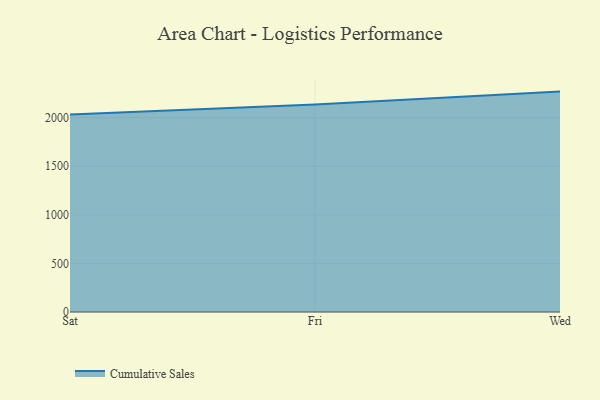
{"axis": {"x": "Day", "y": "Backlog"}, "legend": ["Cumulative Sales"], "data": [{"x": "Sat", "y": 2031.9, "type": "Cumulative Sales"}, {"x": "Fri", "y": 2135.3, "type": "Cumulative Sales"}, {"x": "Wed", "y": 2268.3, "type": "Cumulative Sales"}]}